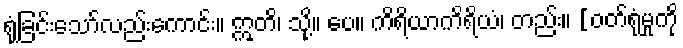
ရုံခြင်းသော်လည်းကောင်း။ ဣတိ၊ သို့။ ပေ။ ကိရိယာကိရိယံ၊ တည်း။ [ဝတ်ရုံမှုကို